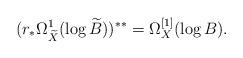
LaTeX: \begin{align*}(r_*\Omega_{\widetilde{X}}^1(\mathrm{log}\, \widetilde{B}))^{**} = \Omega_X^{[1]}(\mathrm{log}\, B).\end{align*}